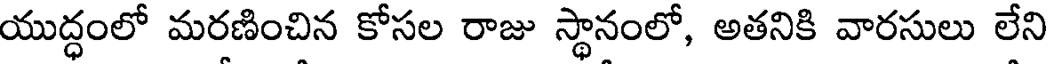
యుద్ధంలో మరణించిన కోసల రాజు స్థానంలో, అతనికి వారసులు లేని